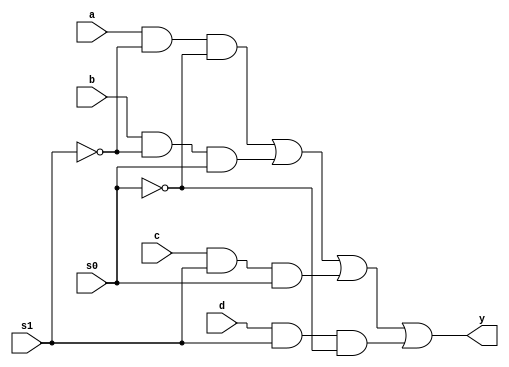
module MUX(y,s0,s1,a,b,c,d);
input s0,s1,a,b,c,d;
output y;
wire m1,m2,y1,y2,y3,y4;
not (m1,s1);
not (m2,s0);
and (y1,a,m1,m2);
and (y2,b,m1,s0);
and (y3,c,s1,s0);
and (y4,d,s1,m2);
or (y,y1,y2,y3,y4);
endmodule